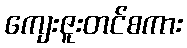
ကျေးဇူးတင်စကား